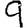
Digit: 9